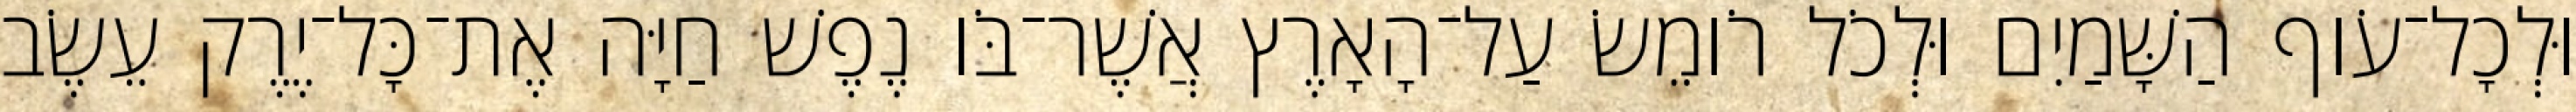
וּלְכָל־עֹוף הַשָּׁמַיִם וּלְכֹל רֹומֵשׂ עַל־הָאָרֶץ אֲשֶׁר־בֹּו נֶפֶשׁ חַיָּה אֶת־כָּל־יֶרֶק עֵשֶׂב